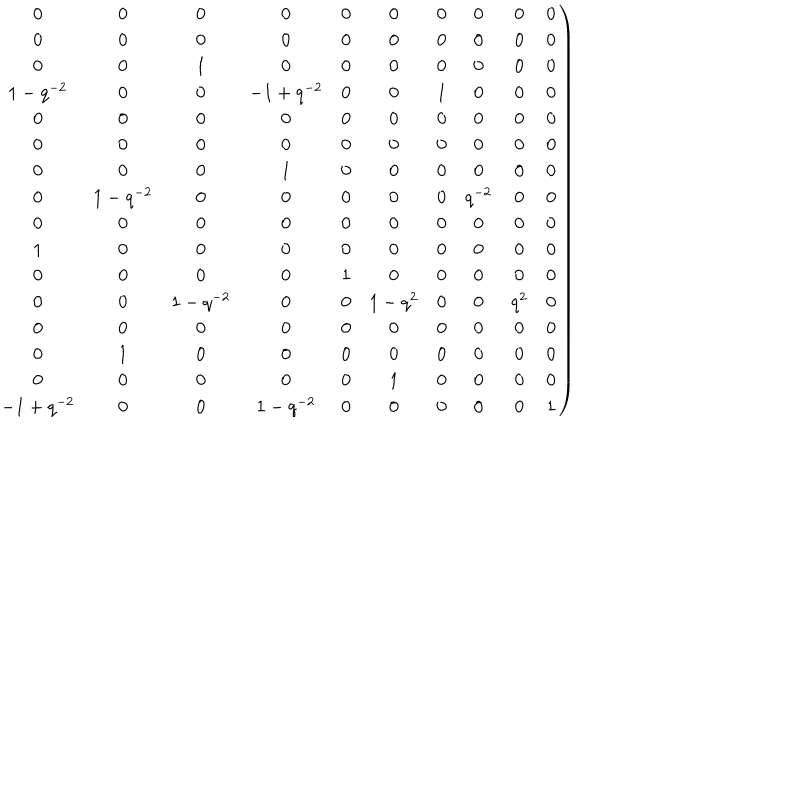
\left. \begin{matrix} { { 0 } } & { { 0 } } & { { 0 } } & { { 0 } } & { { 0 } } & { { 0 } } & { { 0 } } & { { 0 } } & { { 0 } } & { { 0 } } \\ { { 0 } } & { { 0 } } & { { 0 } } & { { 0 } } & { { 0 } } & { { 0 } } & { { 0 } } & { { 0 } } & { { 0 } } & { { 0 } } \\ { { 0 } } & { { 0 } } & { { 1 } } & { { 0 } } & { { 0 } } & { { 0 } } & { { 0 } } & { { 0 } } & { { 0 } } & { { 0 } } \\ { { 1 - q ^ { - 2 } } } & { { 0 } } & { { 0 } } & { { - 1 + { q ^ { - 2 } } } } & { { 0 } } & { { 0 } } & { { 1 } } & { { 0 } } & { { 0 } } & { { 0 } } \\ { { 0 } } & { { 0 } } & { { 0 } } & { { 0 } } & { { 0 } } & { { 0 } } & { { 0 } } & { { 0 } } & { { 0 } } & { { 0 } } \\ { { 0 } } & { { 0 } } & { { 0 } } & { { 0 } } & { { 0 } } & { { 0 } } & { { 0 } } & { { 0 } } & { { 0 } } & { { 0 } } \\ { { 0 } } & { { 0 } } & { { 0 } } & { { 1 } } & { { 0 } } & { { 0 } } & { { 0 } } & { { 0 } } & { { 0 } } & { { 0 } } \\ { { 0 } } & { { 1 - q ^ { - 2 } } } & { { 0 } } & { { 0 } } & { { 0 } } & { { 0 } } & { { 0 } } & { { { q ^ { - 2 } } } } & { { 0 } } & { { 0 } } \\ { { 0 } } & { { 0 } } & { { 0 } } & { { 0 } } & { { 0 } } & { { 0 } } & { { 0 } } & { { 0 } } & { { 0 } } & { { 0 } } \\ { { 1 } } & { { 0 } } & { { 0 } } & { { 0 } } & { { 0 } } & { { 0 } } & { { 0 } } & { { 0 } } & { { 0 } } & { { 0 } } \\ { { 0 } } & { { 0 } } & { { 0 } } & { { 0 } } & { { 1 } } & { { 0 } } & { { 0 } } & { { 0 } } & { { 0 } } & { { 0 } } \\ { { 0 } } & { { 0 } } & { { 1 - { q ^ { - 2 } } } } & { { 0 } } & { { 0 } } & { { 1 - { q ^ { 2 } } } } & { { 0 } } & { { 0 } } & { { { q ^ { 2 } } } } & { { 0 } } \\ { { 0 } } & { { 0 } } & { { 0 } } & { { 0 } } & { { 0 } } & { { 0 } } & { { 0 } } & { { 0 } } & { { 0 } } & { { 0 } } \\ { { 0 } } & { { 1 } } & { { 0 } } & { { 0 } } & { { 0 } } & { { 0 } } & { { 0 } } & { { 0 } } & { { 0 } } & { { 0 } } \\ { { 0 } } & { { 0 } } & { { 0 } } & { { 0 } } & { { 0 } } & { { 1 } } & { { 0 } } & { { 0 } } & { { 0 } } & { { 0 } } \\ { { - 1 + q ^ { - 2 } } } & { { 0 } } & { { 0 } } & { { 1 - { q ^ { - 2 } } } } & { { 0 } } & { { 0 } } & { { 0 } } & { { 0 } } & { { 0 } } & { { 1 } } \\ \end{matrix} \right)